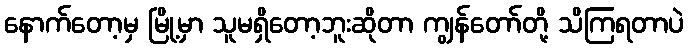
နောက်တော့မှ မြို့မှာ သူမရှိတော့ဘူးဆိုတာ ကျွန်တော်တို့ သိကြရတာပဲ